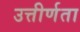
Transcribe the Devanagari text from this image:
उत्तीर्णता